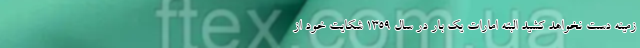
زمینه دست نخواهد کشید البته امارات یک بار در سال ۱۳۵۹ شکایت خود از